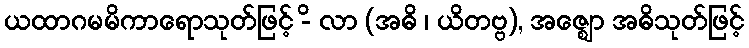
ယထာဂမမိကာရောသုတ်ဖြင့် -ိ လာ (အဓိ ၊ ယိတဗ္ဗ), အဇ္ဈော အဓိသုတ်ဖြင့်